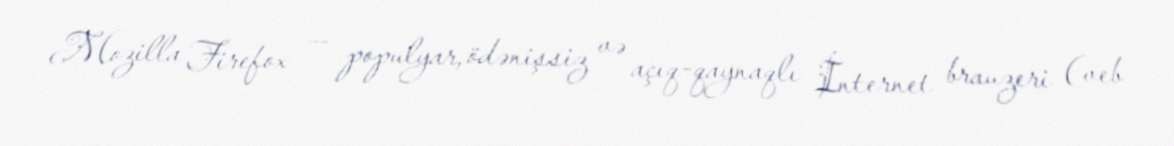
Mozilla Firefox — populyar, ödənişsiz və açıq-qaynaqlı İnternet brauzeri (veb